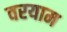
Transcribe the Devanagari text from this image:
वरयाम